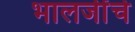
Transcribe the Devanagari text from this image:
भालजींचे